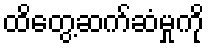
ထိတွေ့ဆက်ဆံမှုကို